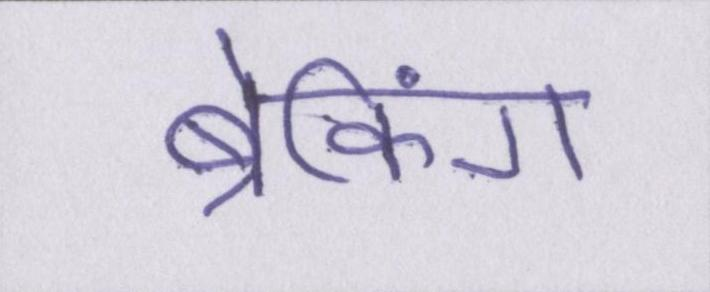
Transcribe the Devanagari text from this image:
ब्रेकिंग